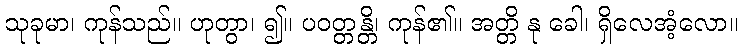
သုခုမာ၊ ကုန်သည်။ ဟုတွာ၊ ၍။ ပဝတ္တန္တိ၊ ကုန်၏။ အတ္တိ နု ခေါ၊ ရှိလေအံ့လော။